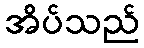
အိပ်သည်